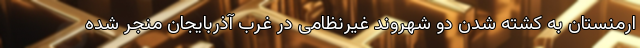
ارمنستان به کشته شدن دو شهروند غیرنظامی در غرب آذربایجان منجر شده